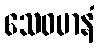
သေဝမာနံ